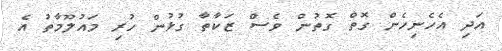
އަދި އެހެނިހެން ގޮތް ގޮތުން ވެސް ޒަކާތާ ގުޅުން ހުރި މައުލޫމާތު އެ